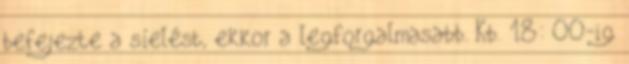
befejezte a síelést, ekkor a legforgalmasabb. Kb. 18: 00-ig